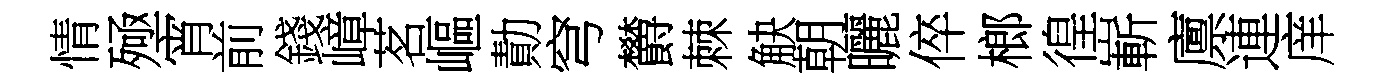
情殛宵前錢嶂茗嶇勣穹欝棘觖朝曬倅榔徨嶄廪連庠